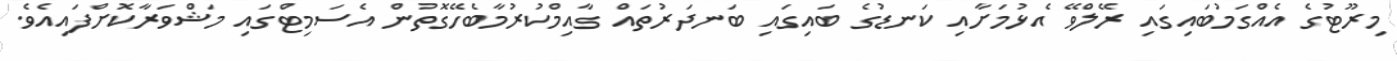
މިރޫޓުގެ އެއްގަމުބައިގައި ރޭލްވޭ އެޅުމަށާއި ކަނޑުގެ ބައިގައި ބަނދަރުތައް ގާއިމްކުރުމާބެހޭގޮތުން އެސަމިޓްގައި މަޝްވަރާކޮށްފައިއެވެ.